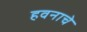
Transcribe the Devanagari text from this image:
हवनाचे